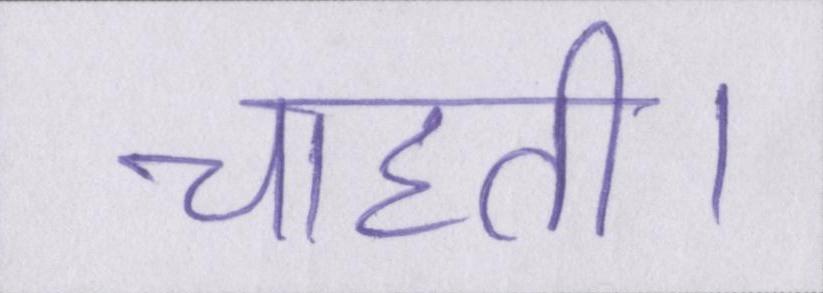
चाहती।